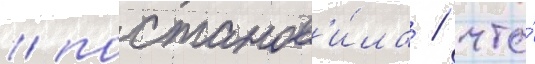
/ постанов'и́ла / что́